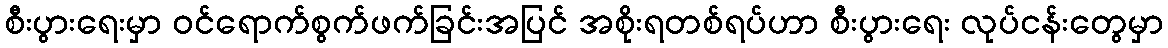
စီးပွားရေးမှာ ဝင်ရောက်စွက်ဖက်ခြင်းအပြင် အစိုးရတစ်ရပ်ဟာ စီးပွားရေး လုပ်ငန်းတွေမှာ